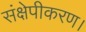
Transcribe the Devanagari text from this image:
संक्षेपीकरण।